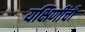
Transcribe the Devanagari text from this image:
यक्षिणींची